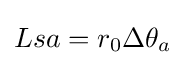
Lsa=r_{0}\Delta \theta _{a}